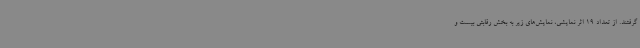
گرفتند. از تعداد 19 اثر نمایشی، نمایش‌های زیر به بخش رقابتی بیست و